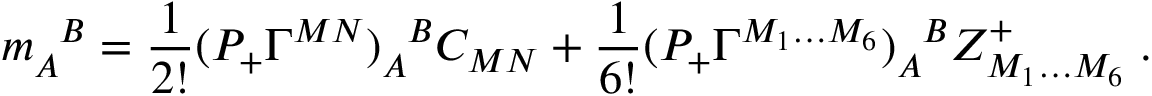
m _ { A } ^ { \phantom { A } B } = \frac { 1 } { 2 ! } ( { \cal P } _ { + } \Gamma ^ { M N } ) _ { A } ^ { \phantom { A } B } C _ { M N } + \frac { 1 } { 6 ! } ( { \cal P } _ { + } \Gamma ^ { M _ { 1 } \ldots M _ { 6 } } ) _ { A } ^ { \phantom { A } B } Z _ { M _ { 1 } \ldots M _ { 6 } } ^ { + } \; .